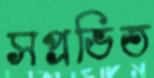
সপ্রভিত